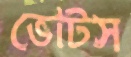
ভোটস